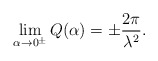
\begin{align*}\lim_{\alpha\rightarrow 0^\pm}Q(\alpha)=\pm\frac{ 2\pi}{\lambda^{2}}.\end{align*}